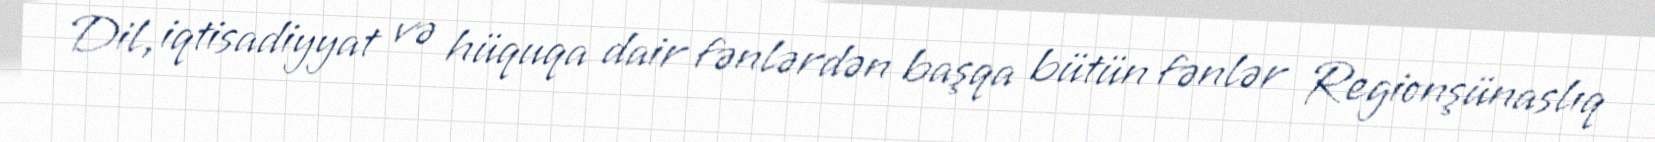
Dil, iqtisadiyyat və hüquqa dair fənlərdən başqa bütün fənlər Regionşünaslıq